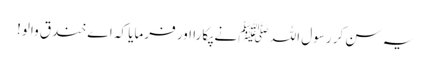
یہ سن کر رسول اللہ ﷺ نے پکارا اور فرمایا کہ اے خندق والو!